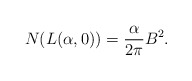
\begin{align*}N (L(\alpha, 0)) = \frac{\alpha}{2 \pi} B^2.\end{align*}